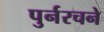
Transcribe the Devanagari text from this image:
पुर्नरचने